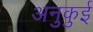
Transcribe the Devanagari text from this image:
अनुकुई